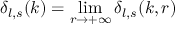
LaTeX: \delta _ { l , s } ( k ) = \operatorname * { l i m } _ { r \rightarrow + \infty } \delta _ { l , s } ( k , r )